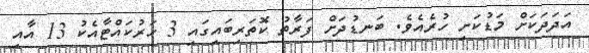
އަދަދަކަށް މަޑުކަށި ހުރެއެވެ. ބަނޑުދަށް ފަރާތު ކޮތަރިބައިގައި 3 ހަރުކައްޓާއެކު 13 އާއި